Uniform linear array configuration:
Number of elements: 64
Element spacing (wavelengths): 0.25
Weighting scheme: cosine
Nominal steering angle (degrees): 30
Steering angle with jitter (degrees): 28.466
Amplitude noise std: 0.05
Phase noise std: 0.05

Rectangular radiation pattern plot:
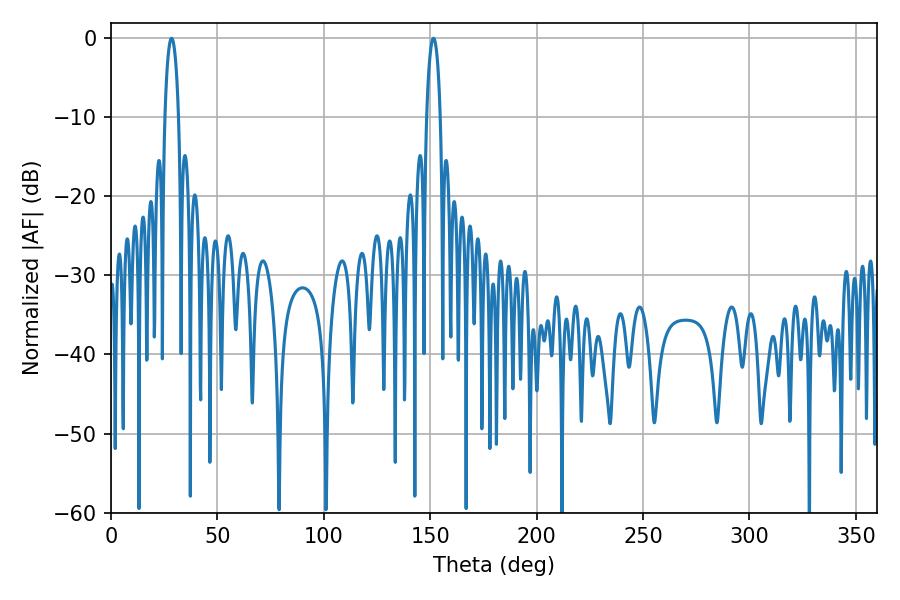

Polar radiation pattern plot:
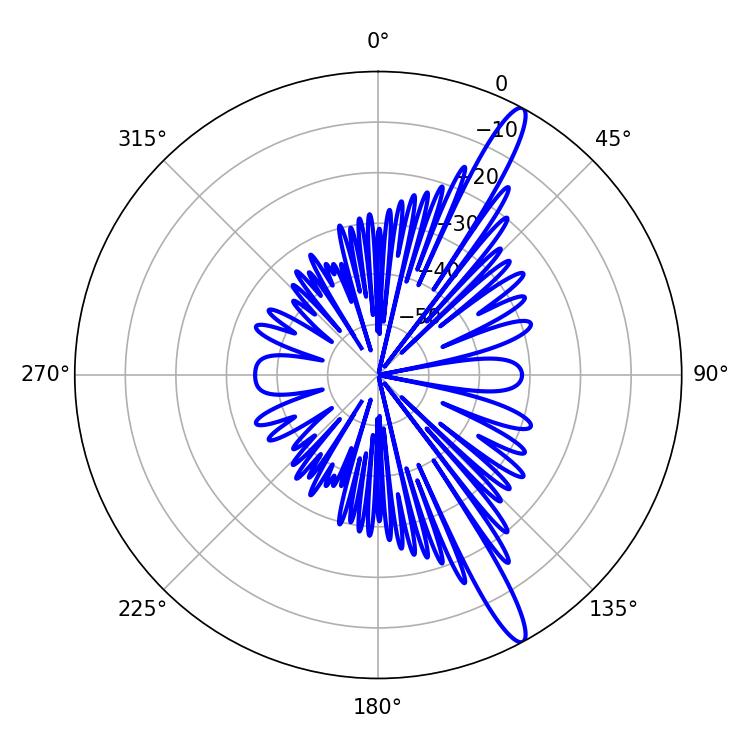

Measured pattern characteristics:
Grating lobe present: FALSE
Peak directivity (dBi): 14.646
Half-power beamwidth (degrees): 3.6
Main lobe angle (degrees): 28.44